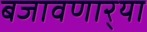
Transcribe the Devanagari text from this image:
बजावणार्‍या